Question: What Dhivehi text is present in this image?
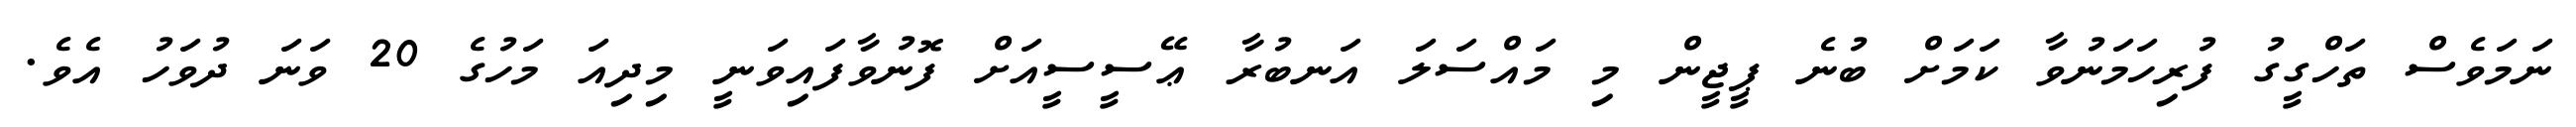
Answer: ނަމަވެސް ތަހްގީގު ފުރިހަމަނުވާ ކަމަށް ބުނެ ޕީޖީން މި މައްސަލަ އަނބުރާ ޢޭސީސީއަށް ފޮނުވާފައިވަނީ މިދިއަ މަހުގެ 20 ވަނަ ދުވަހު އެވެ.